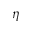
\eta